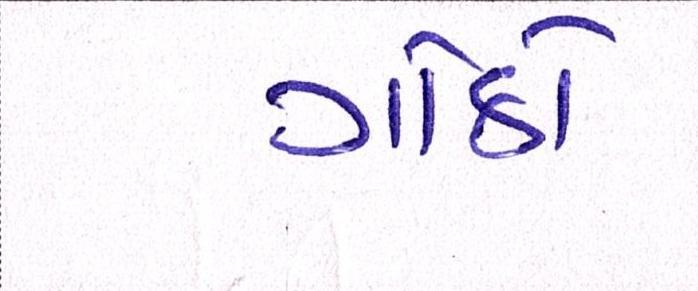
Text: ગાંઠો